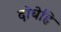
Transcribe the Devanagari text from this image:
दोघेहि